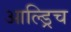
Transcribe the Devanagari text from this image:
आल्ड्रिच